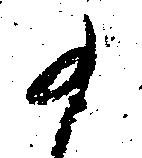
か